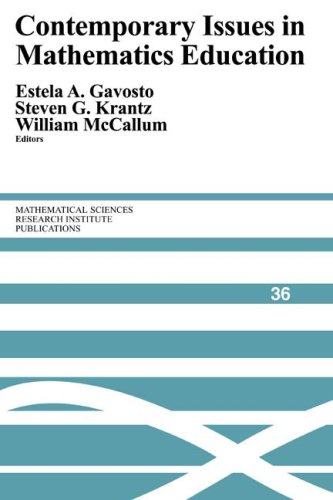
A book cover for Contemporary Issues in Mathematics Education (Mathematical Sciences Research Institute Publications); Science & Math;